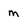
Character: m